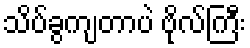
သိပ်ခွကျတာပဲ ဗိုလ်ကြီး